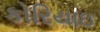
કોરિયાઇ